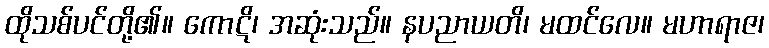
ထိုသစ်ပင်တို့၏။ ကောဋိ၊ အဆုံးသည်။ နပညာယတိ၊ မထင်လေ။ မဟာရာဇ၊